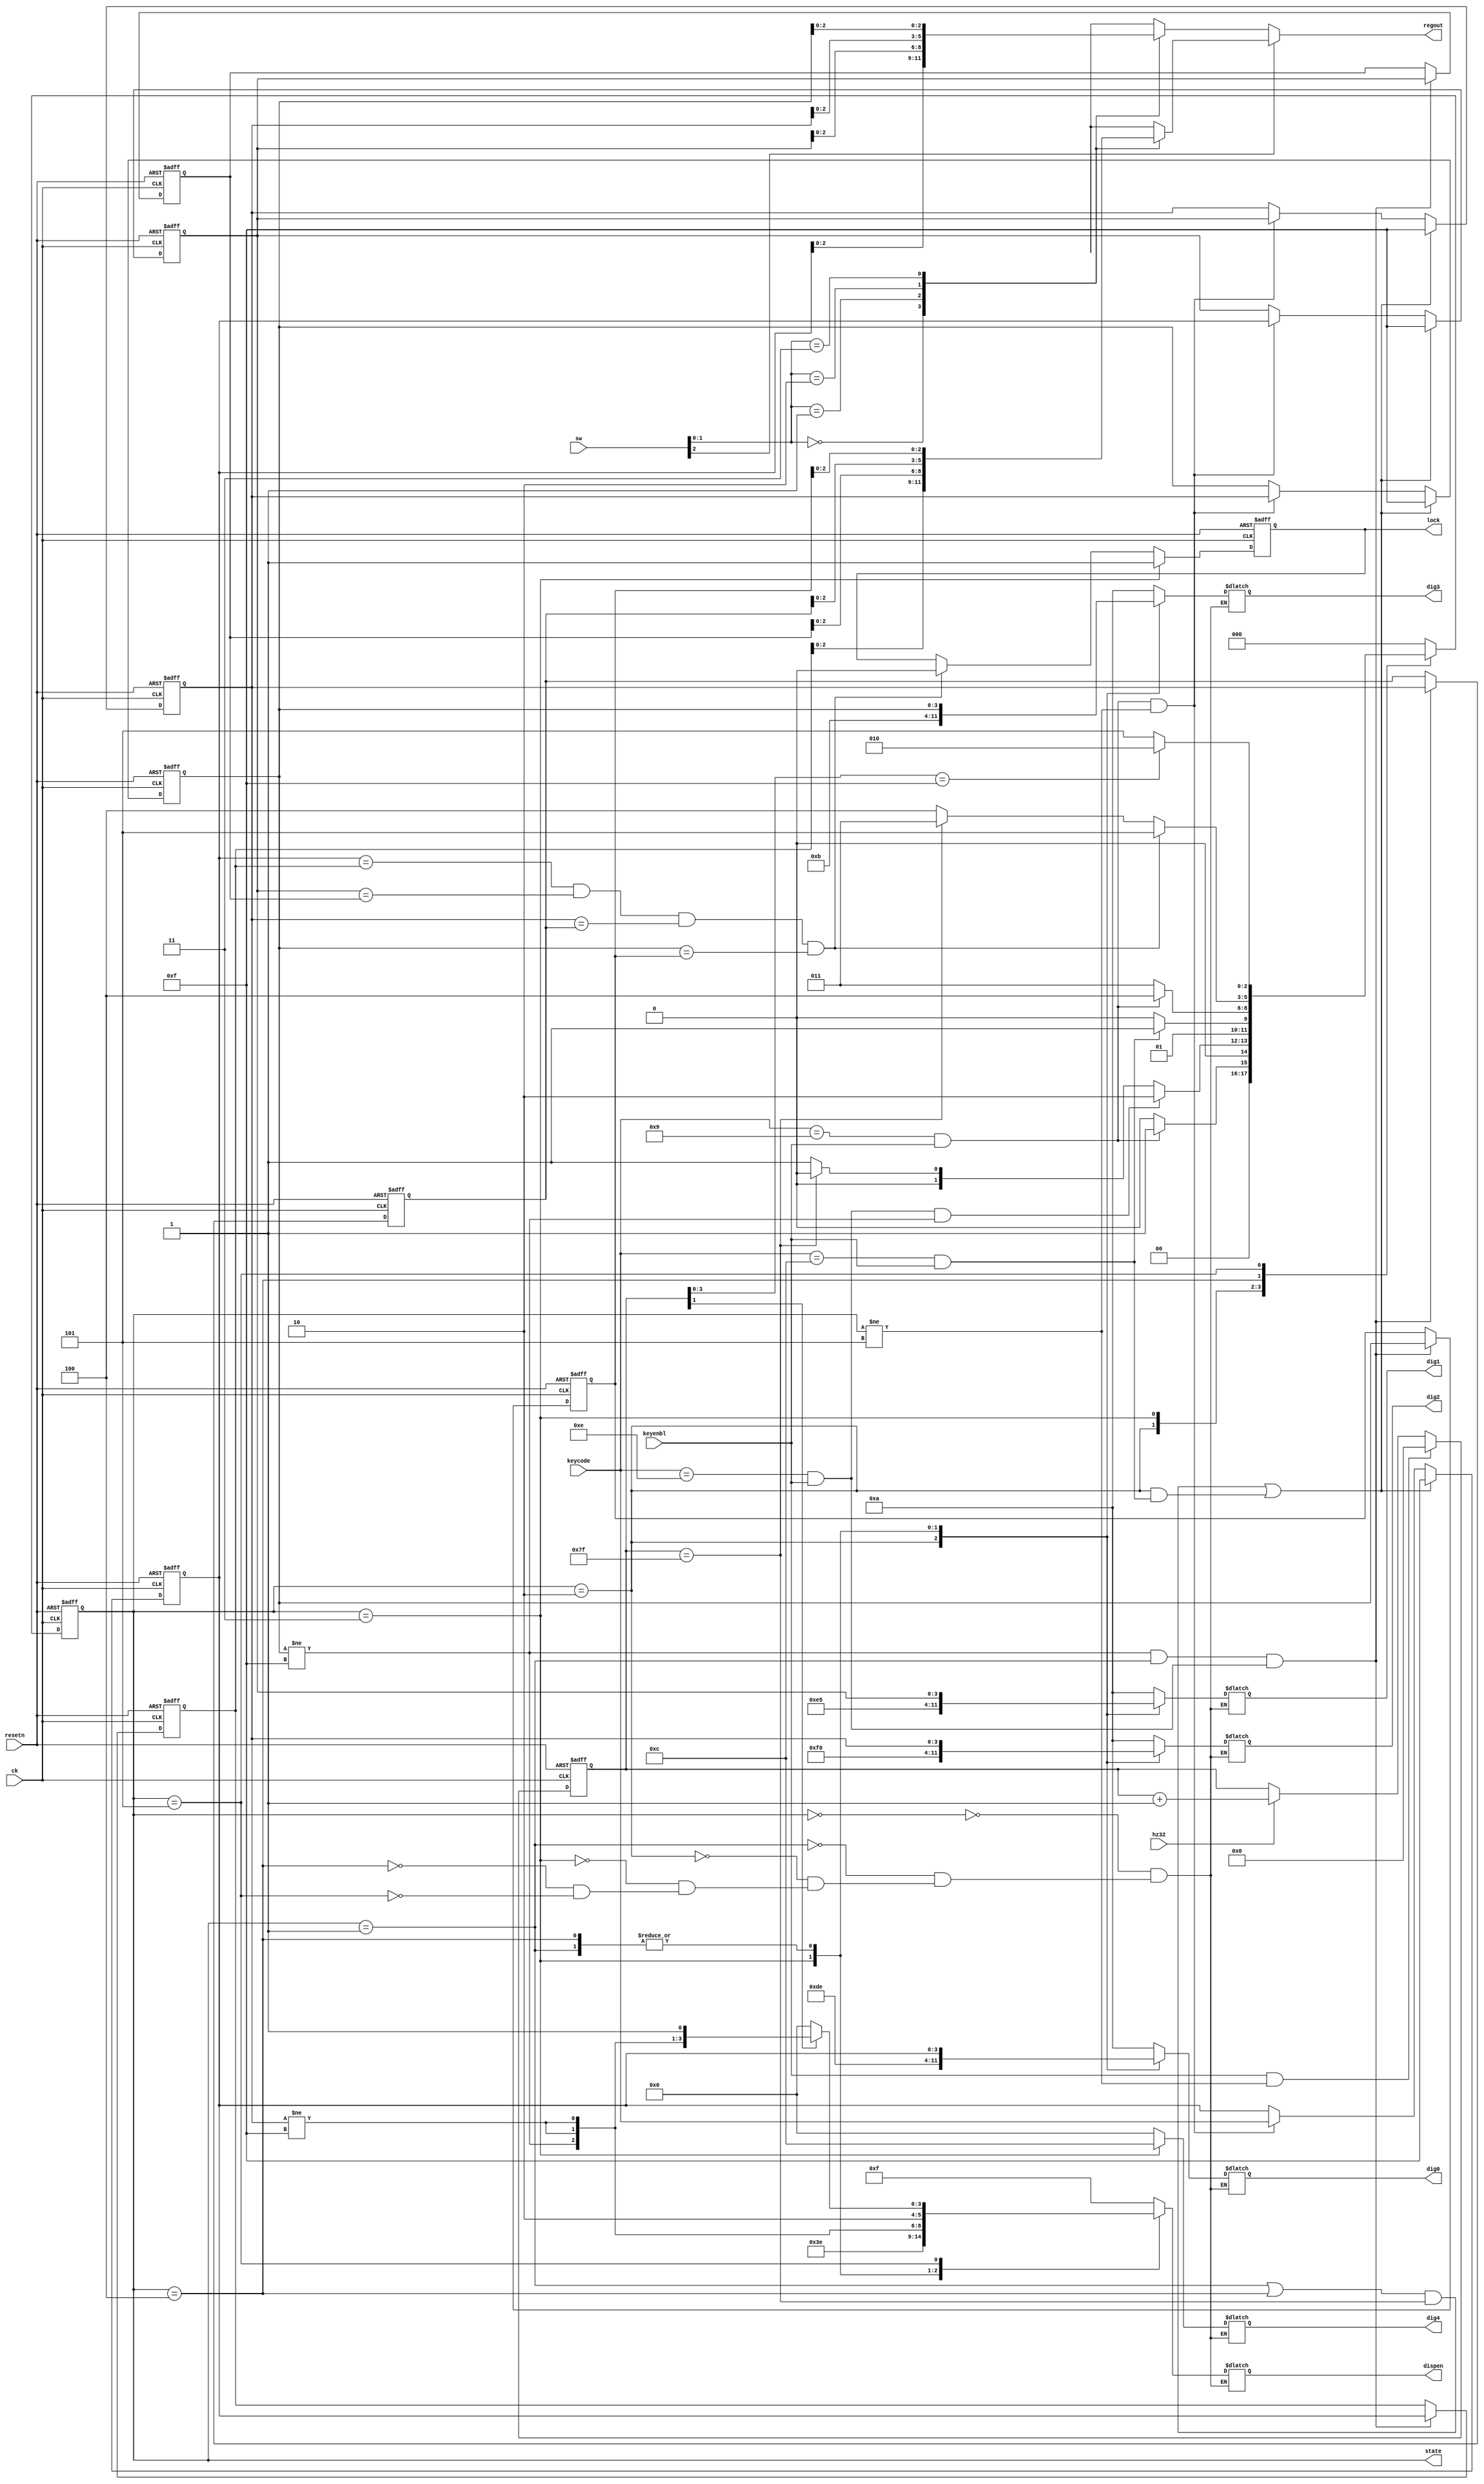
/* Extended Electrical Lock */
module elelock2 (ck, resetn, hz32, keycode, keyenbl,lock,
                dig4, dig3,dig2, dig1, dig0, dispen, sw, state, regout);
    input           ck;
    input           resetn;
    input           hz32;
    input   [3:0]   keycode;
    input           keyenbl;
    output          lock;
    output  [3:0]   dig4, dig3, dig2, dig1, dig0;
    output  [4:0]   dispen;
    input   [2:0]   sw;
    output  [2:0]   state;
    output  [2:0]   regout;

    assign  reset = ~resetn;

    /* State value */
    parameter HALT=3'h0, MEMNUMIN=3'h1, OPENST=3'h2, CLOSE=3'h3,
              SECNUMIN=3'h4, MATCHDSP=3'h5;
    
    reg [2:0]   cur_st;
    reg [2:0]   next_st;

    wire        memkey = (keycode==4'he) && keyenbl;
    wire        clskey = (keycode==4'hc) && keyenbl;
    wire      validkey = (keycode==4'h9) && keyenbl;

    /* 4 seconds counter */
    reg [6:0]   sec4;

    always @(posedge ck or posedge reset) begin
        if (reset)
            sec4 <= 7'h00;
        else if (keyenbl && (cur_st != MATCHDSP))
            sec4 <= 7'h00;
        else if (hz32)
            sec4 <= sec4 + 7'h01;
    end

    wire nokey   = (sec4  ==7'h7f);
    wire halfsec = (sec4[3:0]==4'hf);
    wire hz8     = sec4[1];
    wire filled, match;

    /* State register */
    always @(posedge ck or posedge reset) begin
        if (reset)
            cur_st <= HALT;
        else
            cur_st <= next_st;
    end

    /* State generate circuit */
    always@ (cur_st or validkey or filled or nokey or clskey or memkey or match or halfsec)
    begin
        case (cur_st)
            HALT:     if (validkey)
                        next_st <= MEMNUMIN;
                      else
                        next_st <= HALT;
            MEMNUMIN: if (memkey && filled)
                        next_st <= OPENST;
                      else if (nokey)
                        next_st <= HALT;
                      else
                        next_st <= MEMNUMIN;
            OPENST:   if (clskey)
                        next_st <= CLOSE;
                      else
                        next_st <= OPENST;
            CLOSE:    if (validkey)
                        next_st <= SECNUMIN;
                      else
                        next_st <= CLOSE;
            SECNUMIN: if (match)
                        next_st <= MATCHDSP;
                      else if (nokey)
                        next_st <= CLOSE;
                      else
                        next_st <= SECNUMIN;
            MATCHDSP: if (halfsec)
                        next_st <= OPENST;
                      else
                        next_st <= MATCHDSP;
            default:  next_st <= HALT;
        endcase
    end
    /* Key input register */
    reg [3:0]   key [0:3];

    always @(posedge ck or posedge reset) begin
        if (reset) begin
            key[3] <= 4'b1111;
            key[2] <= 4'b1111;
            key[1] <= 4'b1111;
            key[0] <= 4'b1111;
        end
        else if (((cur_st==MEMNUMIN || cur_st==SECNUMIN) && nokey) || (cur_st==OPENST && clskey) ) begin
            key[3] <= 4'b1111;
            key[2] <= 4'b1111;
            key[1] <= 4'b1111;
            key[0] <= 4'b1111;
        end
        else if (validkey && (cur_st != MATCHDSP)) begin
            key[3] <= key[2];
            key[2] <= key[1];
            key[1] <= key[0];
            key[0] <= keycode;
        end
    end

    /* 4 digits entered */
    assign filled = (key[3] != 4'hf);

    /* PIN register */
    reg [3:0]   secret [0:3];
    wire        mem_set;
    assign mem_set = filled && (cur_st==MEMNUMIN) && memkey;

    always @(posedge ck or posedge reset) begin
        if (reset) begin
            secret[3] <= 4'b1111;
            secret[2] <= 4'b1111;
            secret[1] <= 4'b1111;
            secret[0] <= 4'b1111;
        end
        else if (mem_set) begin
            secret[3] <= key[3];
            secret[2] <= key[2];
            secret[1] <= key[1];
            secret[0] <= key[0];
        end
    end
    /* PIN match signal */
    assign match = (key[0]==secret[0]) && (key[1]==secret[1]) && (key[2]==secret[2]) && (key[3]==secret[3]);

    /* Electronic lock output */
    reg lock;
    always @(posedge ck or posedge reset) begin
        if (reset)
            lock <= 1'b0;
        else if (cur_st==CLOSE)
            lock <= 1'b1;
        else if (match==1'b1)
            lock <= 1'b0;
    end

    /* Display output */
    reg [3:0]   dig4, dig3, dig2, dig1, dig0;
    reg [4:0]   dispen;
    wire    [4:0]   numdisp = {1'b0, (key[3] != 4'hf), (key[2]!=4'hf), (key[2]!=4'hf), 1'b1};

    always @(cur_st or key[3] or key[2] or key[1] or key[0] or numdisp or hz8)
    begin
        case (cur_st)   
            HALT:      begin
                            dispen <= 5'b01111;
                            dig4 <= 4'h0; dig3 <= 4'ha; dig2 <= 4'ha;
                            dig1 <= 4'ha; dig0 <= 4'ha;
                        end
            MEMNUMIN:   begin
                            dispen <= numdisp;
                            dig4 <= 4'h0; dig3 <= key[3]; dig2 <= key[2];
                            dig1 <= key[1]; dig0 <= key[0];
                        end
            OPENST:     begin
                            dispen <= 5'b01111;
                            dig4 <= 4'h0; dig3 <= 4'h0; dig2 <= 4'hf;
                            dig1 <= 4'he; dig0 <= 4'hd;
                        end
            CLOSE:      begin
                            dispen <= 5'b11111;
                            dig4 <= 4'hc; dig3 <= 4'hb; dig2 <= 4'h0;
                            dig1 <= 4'h5; dig0 <= 4'he;
                        end
            SECNUMIN:   begin
                            dispen <= numdisp;
                            dig4 <= 4'h0; dig3 <= key[3]; dig2 <= key[2];
                            dig1 <= key[1]; dig0 <= key[0];
                        end
            MATCHDSP:   begin
                            if (hz8)
                                dispen <= numdisp;
                            else
                                dispen <= 5'b00000;
                            dig4 <= 4'h0; dig3 <= 4'ha; dig2 <= 4'ha;
                            dig1 <= 4'ha; dig0 <= 4'ha;
                        end
        endcase
    end

    /* Internal signal display (debug) */
    assign regout = (sw[2]==1'b1) ? secret[sw[1:0]]: key[sw[1:0]];
    assign state = cur_st;
endmodule